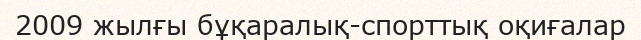
2009 жылғы бұқаралық-спорттық оқиғалар